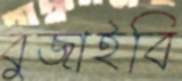
বুজাইবি